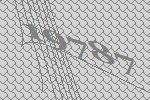
19787